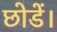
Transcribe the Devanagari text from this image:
छोडें।